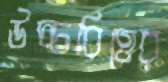
উচ্চবিত্তের